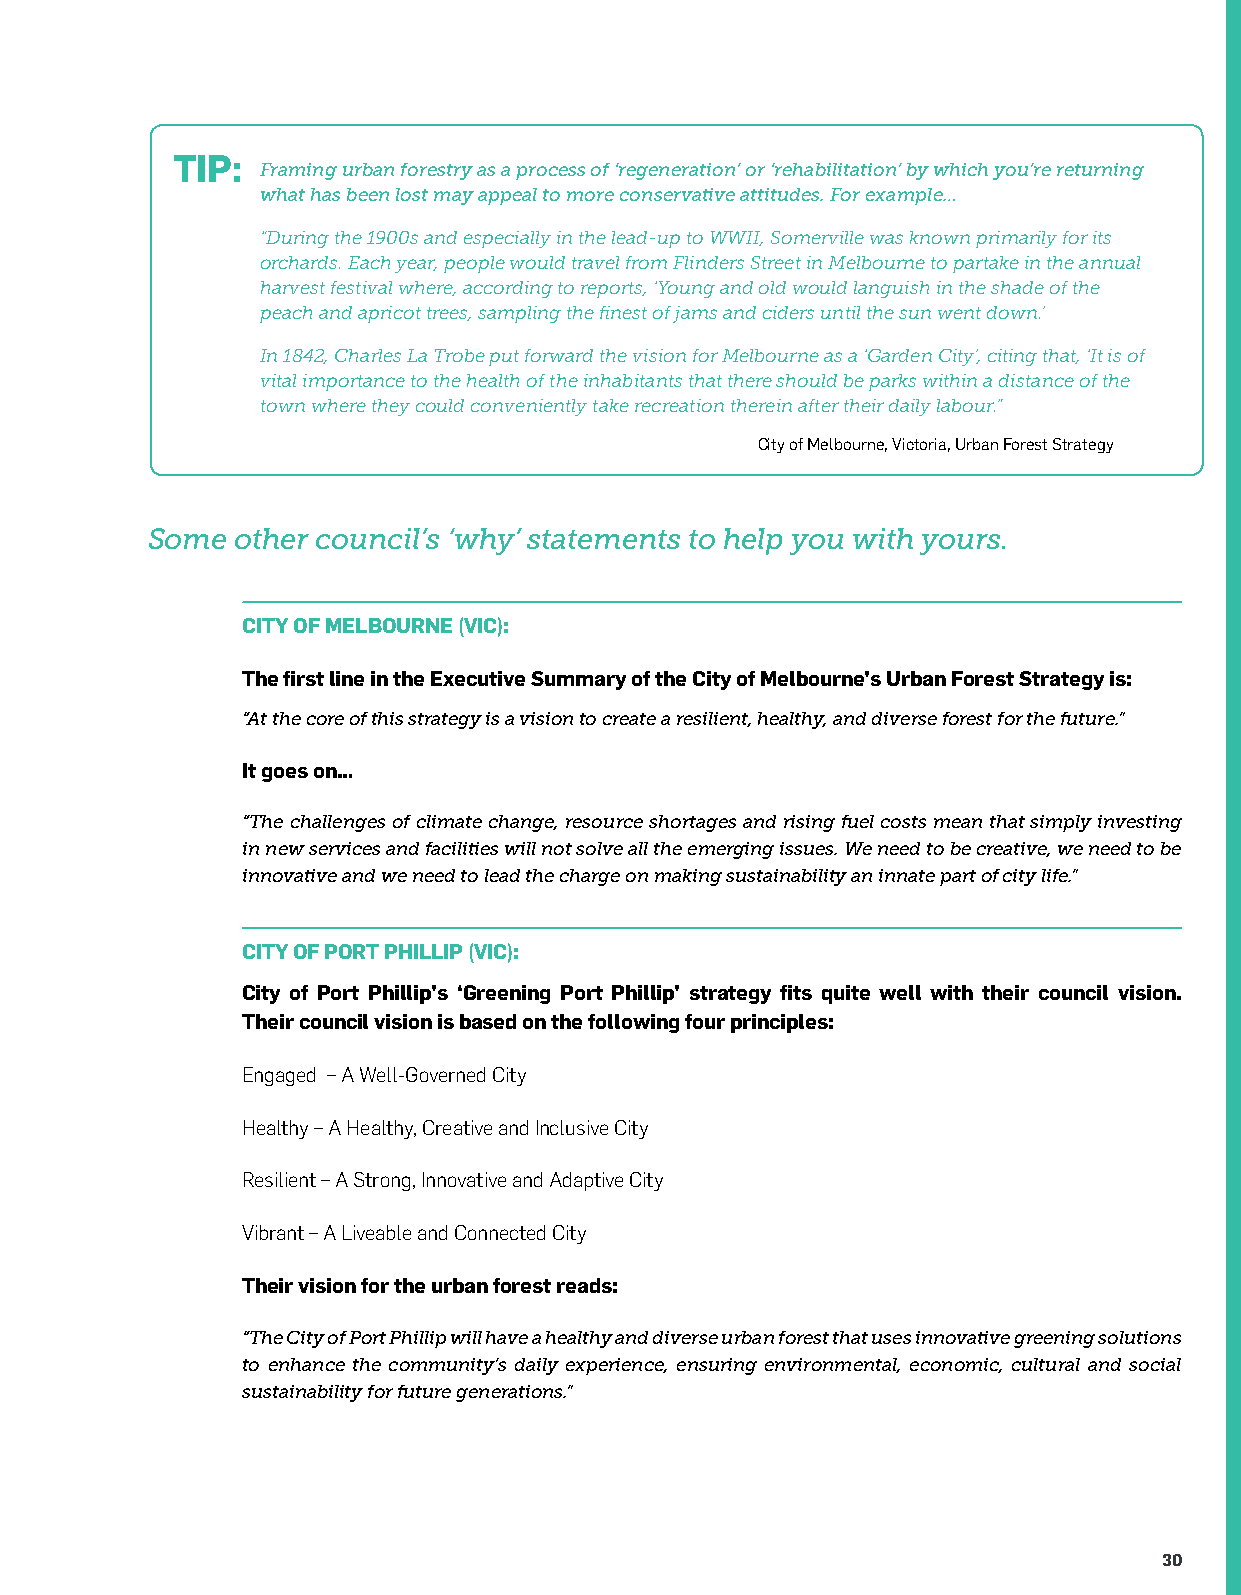
TIP:
 Framing urban forestry as a process of ‘regeneration’ or ‘rehabilitation’ by which you’re returning
 what has been lost may appeal to more conservative attitudes. For example…
 “During the 1900s and especially in the lead-up to WWII, Somerville was known primarily for its
 orchards. Each year, people would travel from Flinders Street in Melbourne to partake in the annual
 harvest festival where, according to reports, ‘Young and old would languish in the shade of the
 peach and apricot trees, sampling the finest of jams and ciders until the sun went down.’
 In 1842, Charles La Trobe put forward the vision for Melbourne as a ‘Garden City’, citing that, ‘It is of
 vital importance to the health of the inhabitants that there should be parks within a distance of the
 town where they could conveniently take recreation therein after their daily labour.”
 City of Melbourne, Victoria, Urban Forest Strategy
 Some other council’s ‘why’ statements to help you with yours.
 CITY OF MELBOURNE (VIC):
 The first line in the Executive Summary of the City of Melbourne’s Urban Forest Strategy is:
 “At the core of this strategy is a vision to create a resilient, healthy, and diverse forest for the future.”
 It goes on…
 “The challenges of climate change, resource shortages and rising fuel costs mean that simply investing
 in new services and facilities will not solve all the emerging issues. We need to be creative, we need to be
 innovative and we need to lead the charge on making sustainability an innate part of city life.”
 CITY OF PORT PHILLIP (VIC):
 City of Port Phillip’s ‘Greening Port Phillip’ strategy fits quite well with their council vision.
 Their council vision is based on the following four principles:
 Engaged – A Well-Governed City
 Healthy – A Healthy, Creative and Inclusive City
 Resilient – A Strong, Innovative and Adaptive City
 Vibrant – A Liveable and Connected City
 Their vision for the urban forest reads:
 “The City of Port Phillip will have a healthy and diverse urban forest that uses innovative greening solutions
 to enhance the community’s daily experience, ensuring environmental, economic, cultural and social
 sustainability for future generations.”
 30